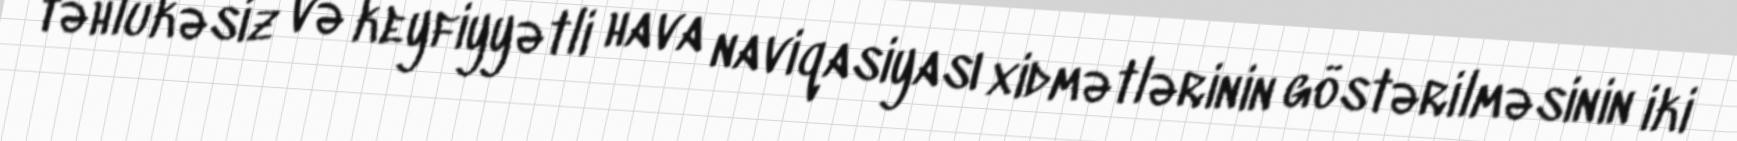
təhlükəsiz və keyfiyyətli hava naviqasiyası xidmətlərinin göstərilməsinin iki